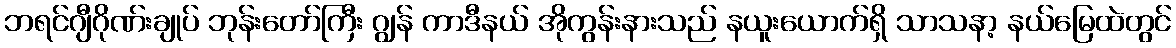
ဘရင်ဂျီဂိုဏ်းချုပ် ဘုန်းတော်ကြီး ဂျွန် ကာဒီနယ် အိုကွန်းနားသည် နယူးယောက်ရှိ သာသနာ့ နယ်မြေထဲတွင်